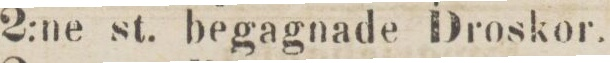
2:ne st. begagnade Droskor.